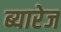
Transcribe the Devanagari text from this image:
ब्यारेज